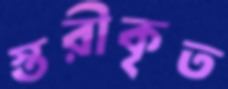
স্তরীকৃত